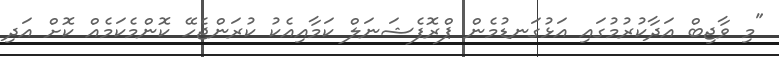
"މި ވާޖިބް އަދާކުރުމުގައި އަޅުގަނޑުމެން ޕްރޮފެޝަނަލް ކަމާއިއެކު ކުރަންޖެހޭ ކޮންމެކަމެއް ކޮށް އަދި